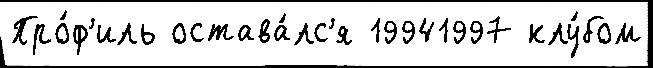
Про́ф'иль остава́лс'я 19941997 клу́бом